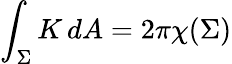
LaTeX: \int_{\Sigma}K\, dA=2\pi\chi(\Sigma)